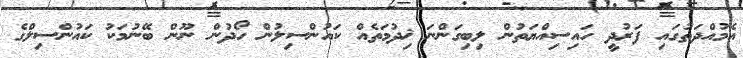
އެމުއްދަތުގައި ފަރުދީ ހައިސިއްޔަތުން ލިބިގަންނަ ޚިދުމަތެއް ކައުންސިލުން ހޯދުން ނޫން ބޭނުމަކު ކައުންސިލްގެ